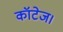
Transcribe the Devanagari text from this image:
कॉटेज।